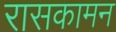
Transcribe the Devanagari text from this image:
रासकामन